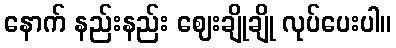
နောက် နည်းနည်း ဈေးချိုချို လုပ်ပေးပါ။